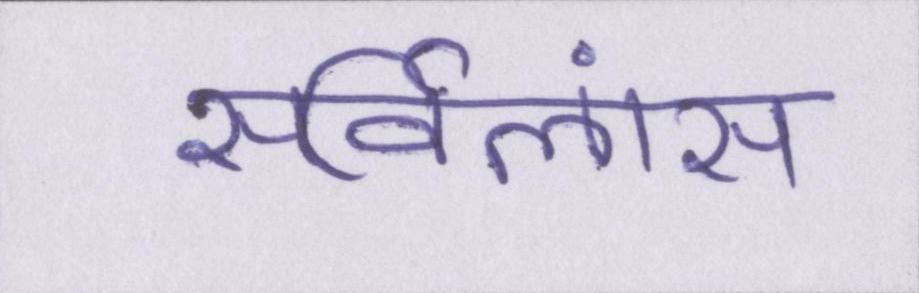
सर्विलांस